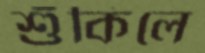
শুঁকিলে